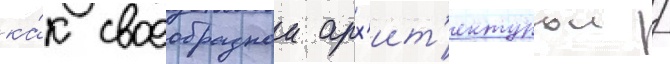
ка́к своеобразнои арх'ит'ектурои /